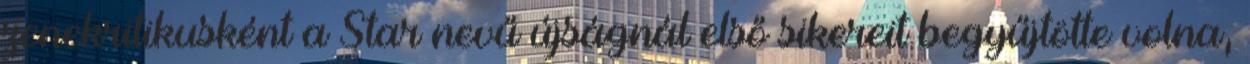
zenekritikusként a Star nevű újságnál első sikereit begyűjtötte volna,